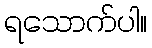
ရသောက်ပါ။